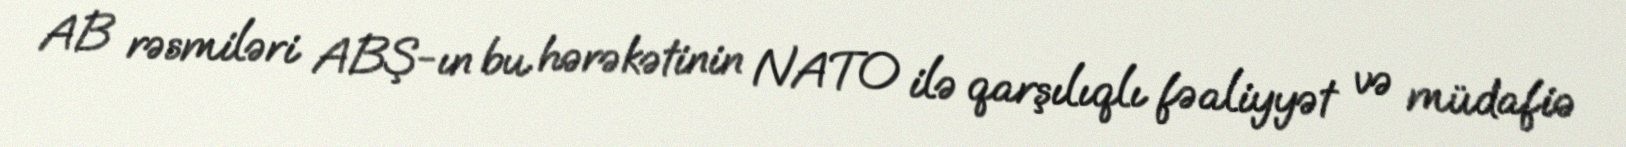
AB rəsmiləri ABŞ-ın bu hərəkətinin NATO ilə qarşılıqlı fəaliyyət və müdafiə